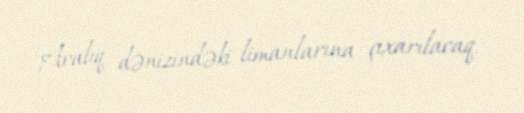
Aralıq dənizindəki limanlarına çıxarılacaq.